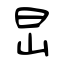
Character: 旵